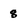
Character: 8